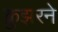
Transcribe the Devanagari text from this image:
क्रुझरने